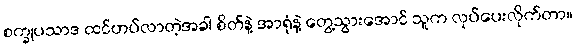
စက္ခုပသာဒ ထင်ဟပ်လာတဲ့အခါ စိတ်နဲ့ အာရုံနဲ့ တွေ့သွားအောင် သူက လုပ်ပေးလိုက်တာ။